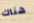
هناك